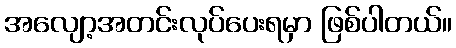
အလျော့အတင်းလုပ်ပေးရမှာ ဖြစ်ပါတယ်။